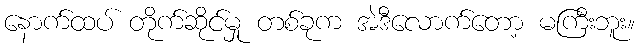
နောက်ထပ် တိုက်ဆိုင်မှု တစ်ခုက အဲဒီလောက်တော့ မကြီးဘူး။